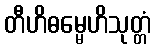
တီဟိဓမ္မေဟိသုတ္တံ